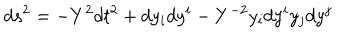
d s ^ { 2 } = - Y ^ { 2 } d t ^ { 2 } + d y _ { i } d y ^ { i } - Y ^ { - 2 } y _ { i } d y ^ { i } y _ { j } d y ^ { j }